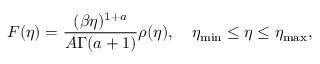
F ( \eta ) = \frac { ( \beta \eta ) ^ { 1 + a } } { A \Gamma ( a + 1 ) } \rho ( \eta ) , \quad \eta _ { \mathrm { m i n } } \leq \eta \leq \eta _ { \mathrm { m a x } } ,